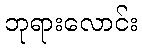
ဘုရားလောင်း